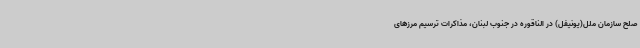
صلح سازمان ملل(یونیفل) در الناقوره در جنوب لبنان، مذاکرات ترسیم مرزهای